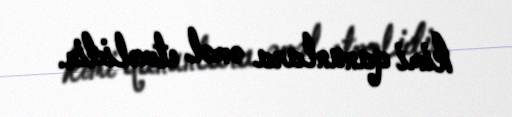
kimi qanunlara əməl etməlidir.